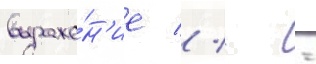
выраже́н'ие // - -